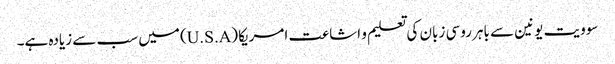
سوویت یونین سے باہر روسی زبان کی تعلیم و اشاعت امریکا (U.S.A) میں سب سے زیادہ ہے۔